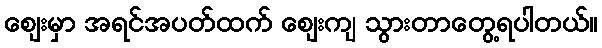
ဈေးမှာ အရင်အပတ်ထက် ဈေးကျ သွားတာတွေ့ရပါတယ်။